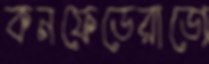
কনফেডেরাডো